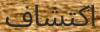
اكتشاف